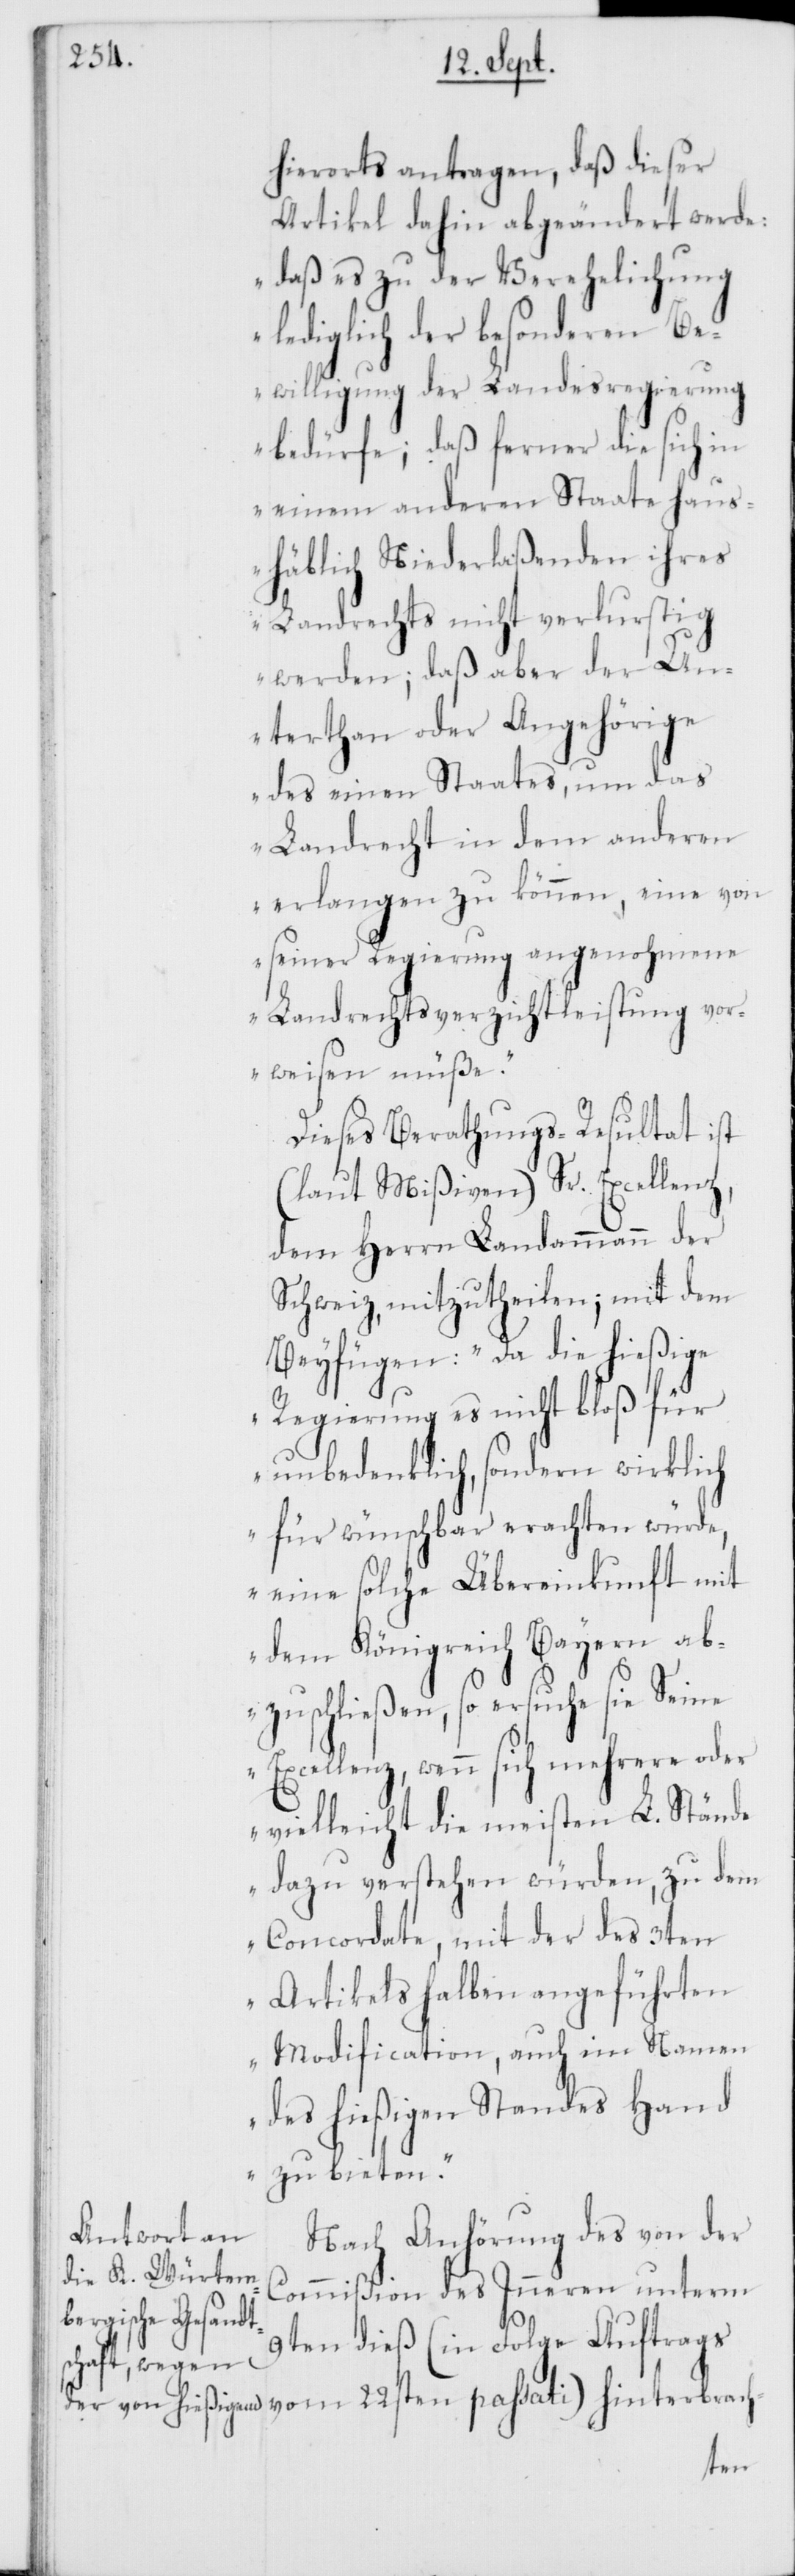
hierorts antragen, daß dieser
Artikel dahin abgeänderet werde:
„daß es zu der Verehelichung
lediglich der besonderen Be¬
willigung der Landesregierung
bedürfe; daß ferner die sich in
einem anderen Staate haus¬
häblich Niederlaßenden ihres
Landrechts nicht verlustig
werden; daß aber der Un¬
terthan oder Angehörige
des einen Staates, um das
Landrecht in dem anderen
erlangen zu können, eine von
seiner Regierung angenohmene
Landrechtsverzichtleistung vor¬
weisen müße.“
Dieses Berathungs-Resultat ist
(laut Mißiven) Sr. Excellenz,
dem Herrn Landammann der
Schweiz, mitzutheilen; mit dem
Beyfügen: „Da die hießige
Regierung es nicht bloß für
unbedenklich, sondern wirklich
für wünschbar erachten würde,
eine solche Übereinkunft mit
dem Königreich Bayern ab¬
zuschließen, so ersuche sie Seine
Excellenz, wenn sich mehrere oder
vielleicht die meisten L. Stände
dazu verstehen würden, zu dem
Concordate, mit der des 3ten
Artikels halben angeführten
Modification, auch im Namen
des hießigen Standes Hand
zu bieten.“
Nach Anhörung des von der
Commißion des Inneren unterm
9ten dieß (in Folge Auftrags